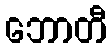
ဘောတီ